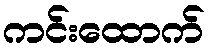
ကင်းထောက်